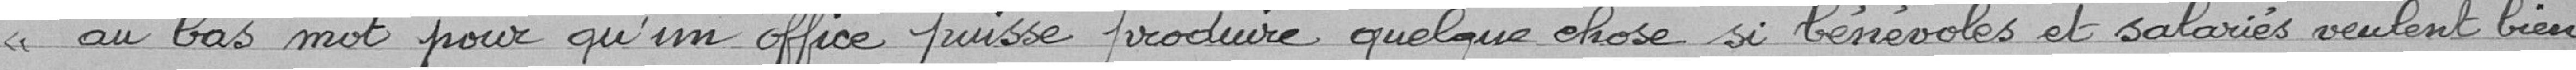
au bas mot pour qu'un office puisse produire quelque chose si bénévoles et salariés veulent bien